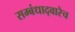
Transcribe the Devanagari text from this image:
सम्बंधाद्वारेच